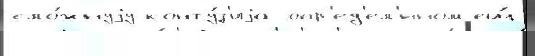
сло́жнуjу конту́з'иjа опр'ед'ел'́нном ещ́